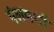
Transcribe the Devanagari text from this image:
पेशमर्गा